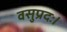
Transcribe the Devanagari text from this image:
वसुप्रदः।